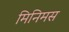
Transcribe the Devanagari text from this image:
मिनिमस